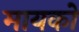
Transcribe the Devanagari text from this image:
मायको